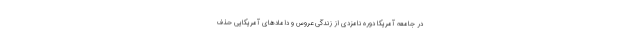
در جامعه آمریکا دوره نامزدی از زندگی عروس و داماد‌های آمریکایی حذف